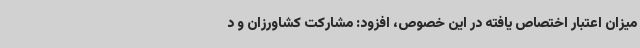
میزان اعتبار اختصاص یافته در این خصوص، افزود: مشارکت کشاورزان و د